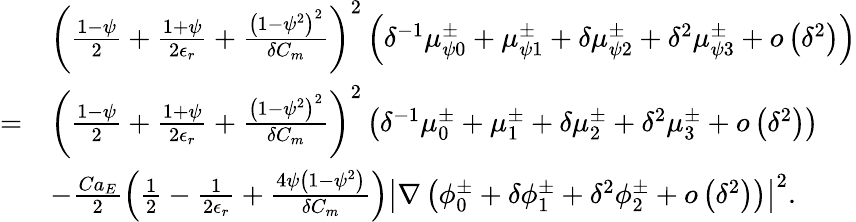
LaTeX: \begin{array}{rl}&{\left(\frac{1-\psi}{2}+\frac{1+\psi}{2\epsilon_{r}}+\frac{\left(1-\psi^{2}\right)^{2}}{\delta C_{m}}\right)^{2}\left(\delta^{-1}\mu_{\psi 0}^{\pm}+\mu_{\psi 1}^{\pm}+\delta\mu_{\psi 2}^{\pm}+\delta^{2}\mu_{\psi 3}^{\pm}+o\left(\delta^{2}\right)\right)}\\ {=}&{\left(\frac{1-\psi}{2}+\frac{1+\psi}{2\epsilon_{r}}+\frac{\left(1-\psi^{2}\right)^{2}}{\delta C_{m}}\right)^{2}\left(\delta^{-1}\mu_{0}^{\pm}+\mu_{1}^{\pm}+\delta\mu_{2}^{\pm}+\delta^{2}\mu_{3}^{\pm}+o\left(\delta^{2}\right)\right)}\\ &{-\frac{Ca_{E}}{2}\left(\frac{1}{2}-\frac{1}{2\epsilon_{r}}+\frac{4\psi\left(1-\psi^{2}\right)}{\delta C_{m}}\right)\left|\nabla\left(\phi_{0}^{\pm}+\delta\phi_{1}^{\pm}+\delta^{2}\phi_{2}^{\pm}+o\left(\delta^{2}\right)\right)\right|^{2}.}\end{array}